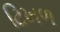
ટિખળ